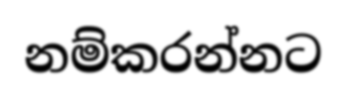
නම්කරන්නට